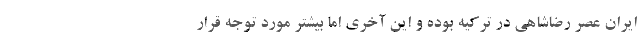
ایران عصر رضاشاهی در ترکیه بوده و این آخری اما بیشتر مورد توجه قرار